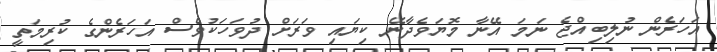
އަހަރެން ނުލިބިއްޖެ ނަމަ އޭނާ މޮޔަވެދާނޭ ކިޔައި ވަރަށް ދުވަހަކުވެސް އަހަރެންގެ ކުރިމަތީ